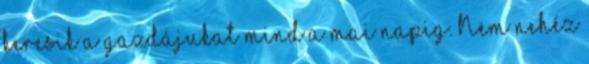
keresik a gazdájukat mind a mai napig. Nem nehéz